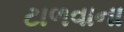
ટાળવાના